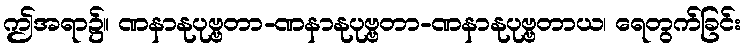
ဤအရာ၌။ ဏနာနုပုဗ္ဗတာ-ဏနာနုပုဗ္ဗတာ-ဏနာနုပုဗ္ဗတာယ၊ ရေတွက်ခြင်း